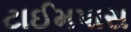
ટાઈમપાસ